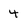
Character: 4